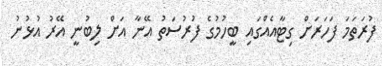
ފުރަތަމަ ފަހަރަށް ގިޓާއެއްގައި ބީހުމުގެ ފުރުސަތު އޭނާ އަށް ލިބުނީ އޭރު އުޅުނު